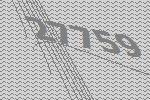
27759